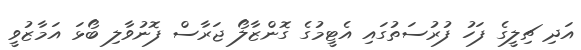
އަދި ޗިލީގެ ފަހު ފުރުސަތުގައި އެޓީމުގެ ގޮންޒާލޯ ޖަރާސް ފޮނުވާލި ބޯޅަ އަމާޒުވީ